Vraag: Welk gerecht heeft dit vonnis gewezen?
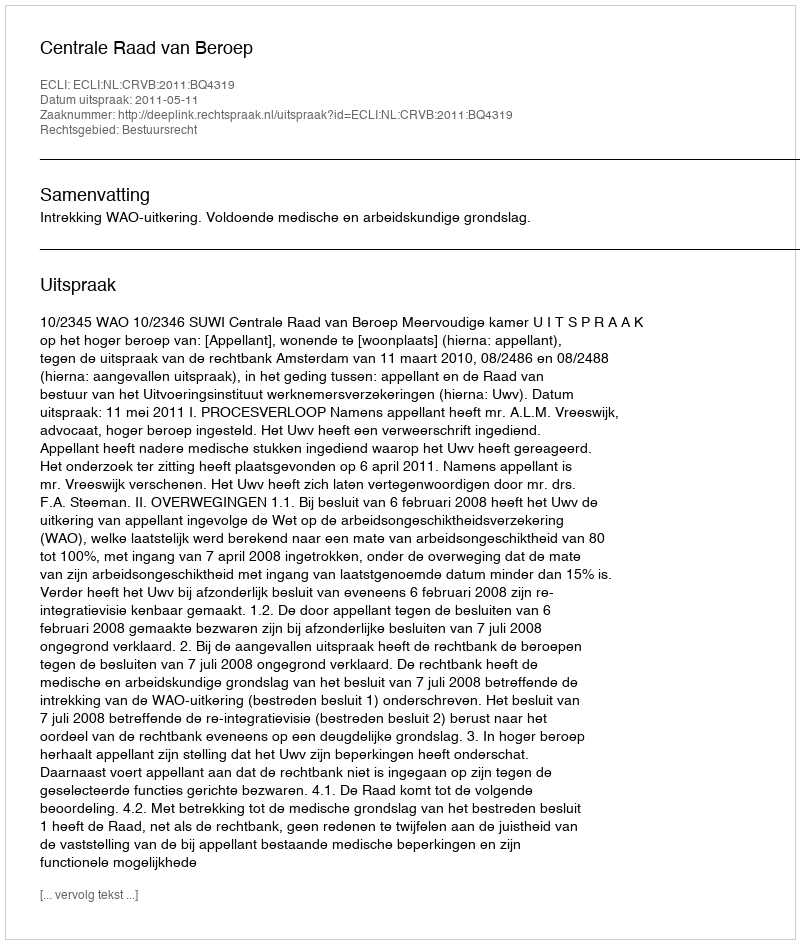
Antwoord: Centrale Raad van Beroep